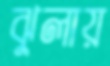
ঝুলায়